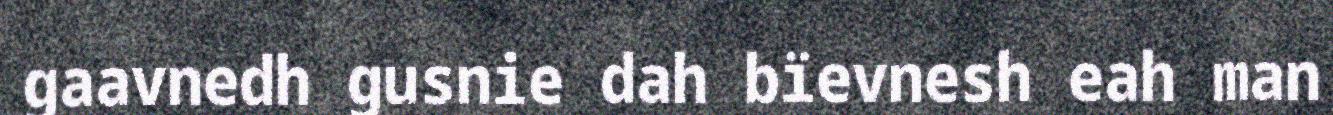
gaavnedh gusnie dah bïevnesh eah man